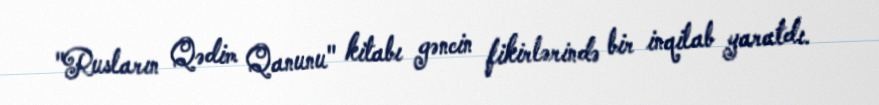
"Rusların Qədim Qanunu" kitabı gəncin fikirlərində bir inqilab yaratdı.